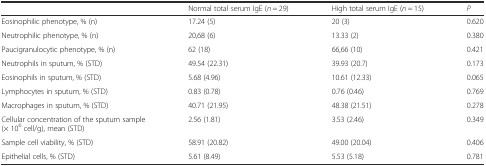
|  | Normal total serum IgE (n = 29) | High total serum IgE (n = 15) | P |
 | --- | --- | --- | --- |
 | Eosinophilic phenotype, % (n) | 17.24 (5) | 20 (3) | 0.620 |
 | Neutrophilic phenotype, % (n) | 20,68 (6) | 13.33 (2) | 0.380 |
 | Paucigranulocytic phenotype, % (n) | 62 (18) | 66,66 (10) | 0.421 |
 | Neutrophils in sputum, % (STD) | 49.54 (22.31) | 39.93 (20.7) | 0.173 |
 | Eosinophils in sputum, % (STD) | 5.68 (4.96) | 10.61 (12.33) | 0.065 |
 | Lymphocytes in sputum, % (STD) | 0.83 (0.78) | 0.76 (0.46) | 0.769 |
 | Macrophages in sputum, % (STD) | 40.71 (21.95) | 48.38 (21.51) | 0.278 |
 | Cellular concentration of the sputum sample (× 106 cell/g), mean (STD) | 2.56 (1.81) | 3.53 (2.46) | 0.349 |
 | Sample cell viability, % (STD) | 58.91 (20.82) | 49.00 (20.04) | 0.406 |
 | Epithelial cells, % (STD) | 5.61 (8.49) | 5.53 (5.18) | 0.781 |